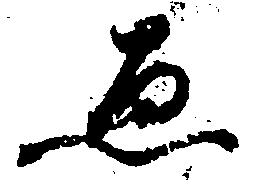
ゑ